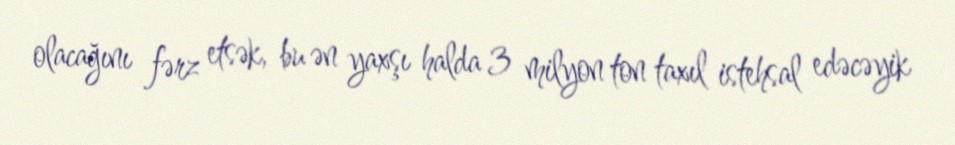
olacağını fərz etsək, bu ən yaxşı halda 3 milyon ton taxıl istehsal edəcəyik